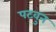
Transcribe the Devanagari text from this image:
पटवुन